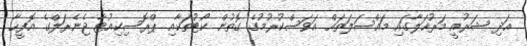
އަދި ޝަރުއީ މަރުހަލާގައި މައްސަލަތައް އަވަސްކުރުމުގެ ގޮތުން ކޯޓުތަކާއި ޕްރޮސިކިއުޓާ ޖެނެރަލްގެ އޮފީހާ